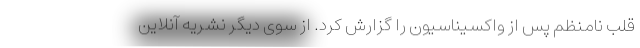
قلب نامنظم پس از واکسیناسیون را گزارش کرد. از سوی دیگر نشریه آنلاین